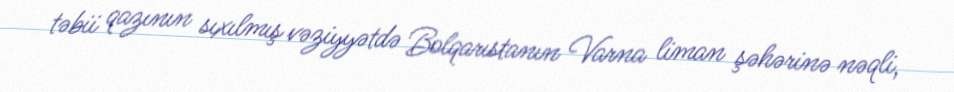
təbii qazının sıxılmış vəziyyətdə Bolqarıstanın Varna liman şəhərinə nəqli,